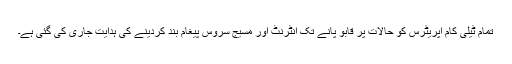
تمام ٹیلی کام اپریٹرس کو حالات پر قابو پانے تک انٹرنٹ اور مسیج سروس پیغام بند کردینے کی ہدایت جاری کی گئی ہے۔